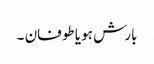
بارش ہو یا طوفان ۔